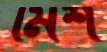
মিশ